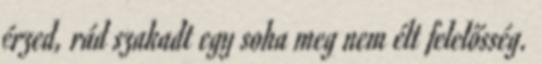
érzed, rád szakadt egy soha meg nem élt felelősség.